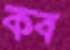
কব